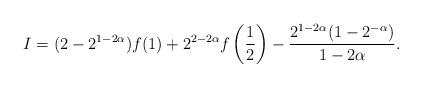
LaTeX: \begin{align*}I =(2-2^{1-2\alpha}) f(1) +2^{2-2\alpha} f \left( \frac 12 \right) - \frac {2^{1-2\alpha}(1-2^{-\alpha})} {1-2\alpha} .\end{align*}